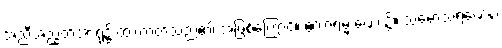
အညီအညွတ်အာရုံ၌ ထားတတ်သည်၏ အဖြစ်ကြောင့်။ ဧကာရမ္မ ဏေ၊ ၌။ သမောသရဏေန၊